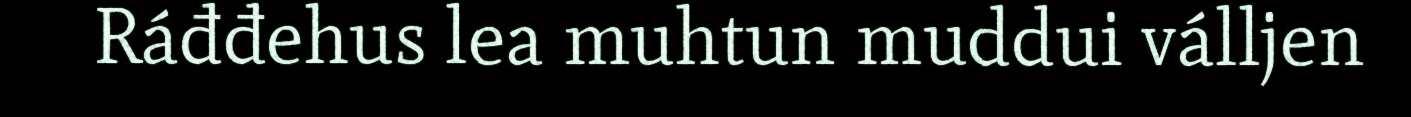
Ráđđehus lea muhtun muddui válljen